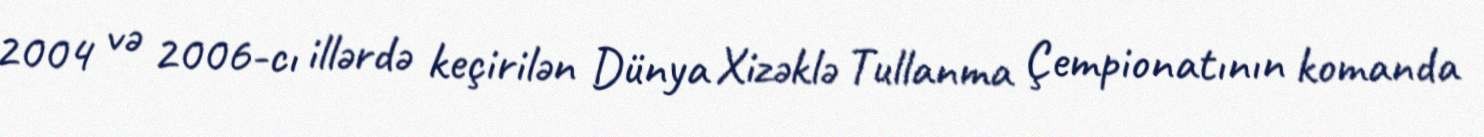
2004 və 2006-cı illərdə keçirilən Dünya Xizəklə Tullanma Çempionatının komanda